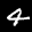
Label: 4